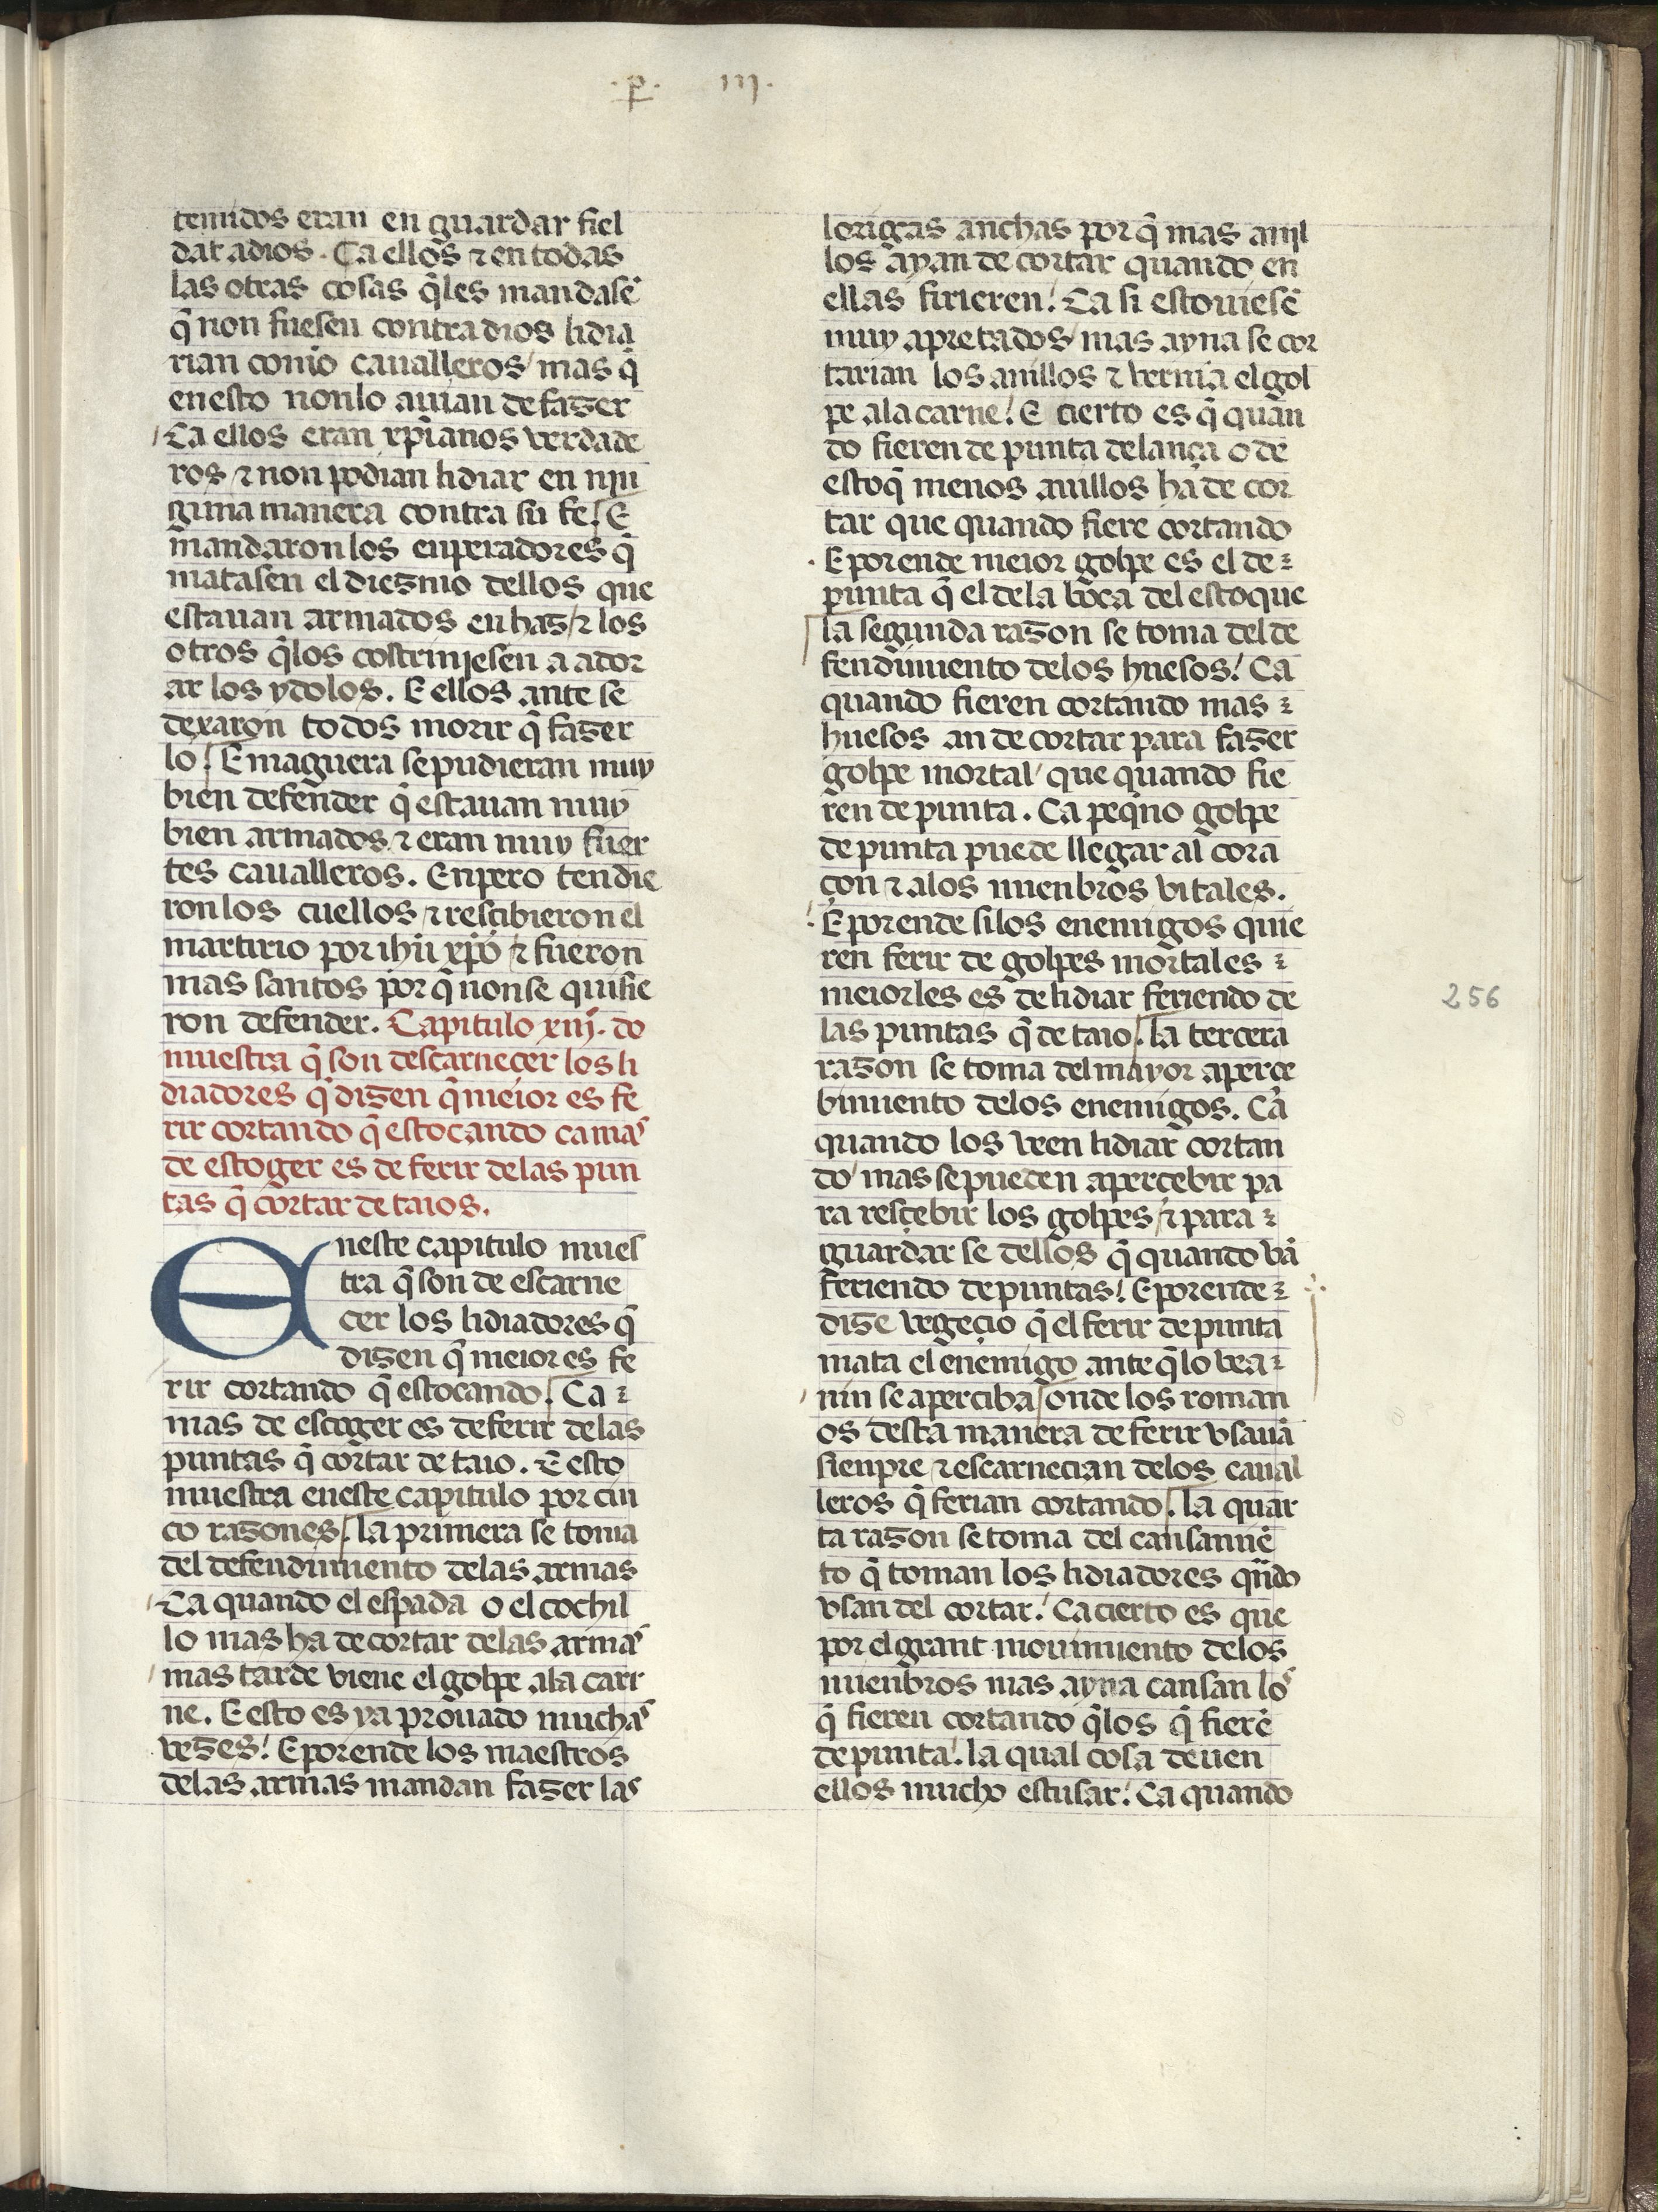
Shelfmark: Madrid, Fundación Lázaro Galdiano, mss 289
Century: 15